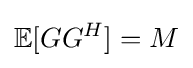
\mathbb {E} [GG^{H}]=M